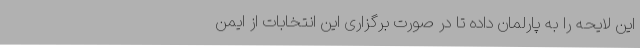
این لایحه را به پارلمان داده تا در صورت برگزاری این انتخابات از ایمن